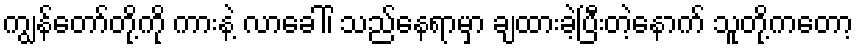
ကျွန်တော်တို့ကို ကားနဲ့ လာခေါ်၊ သည်နေရာမှာ ချထားခဲ့ပြီးတဲ့နောက် သူတို့ကတော့